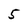
Character: 5